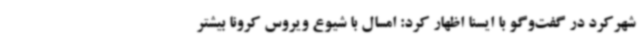
شهرکرد در گفت‌وگو با ایسنا اظهار کرد: امسال با شیوع ویروس کرونا بیشتر